NAE_eestikeelseid_kaarte, lk 4
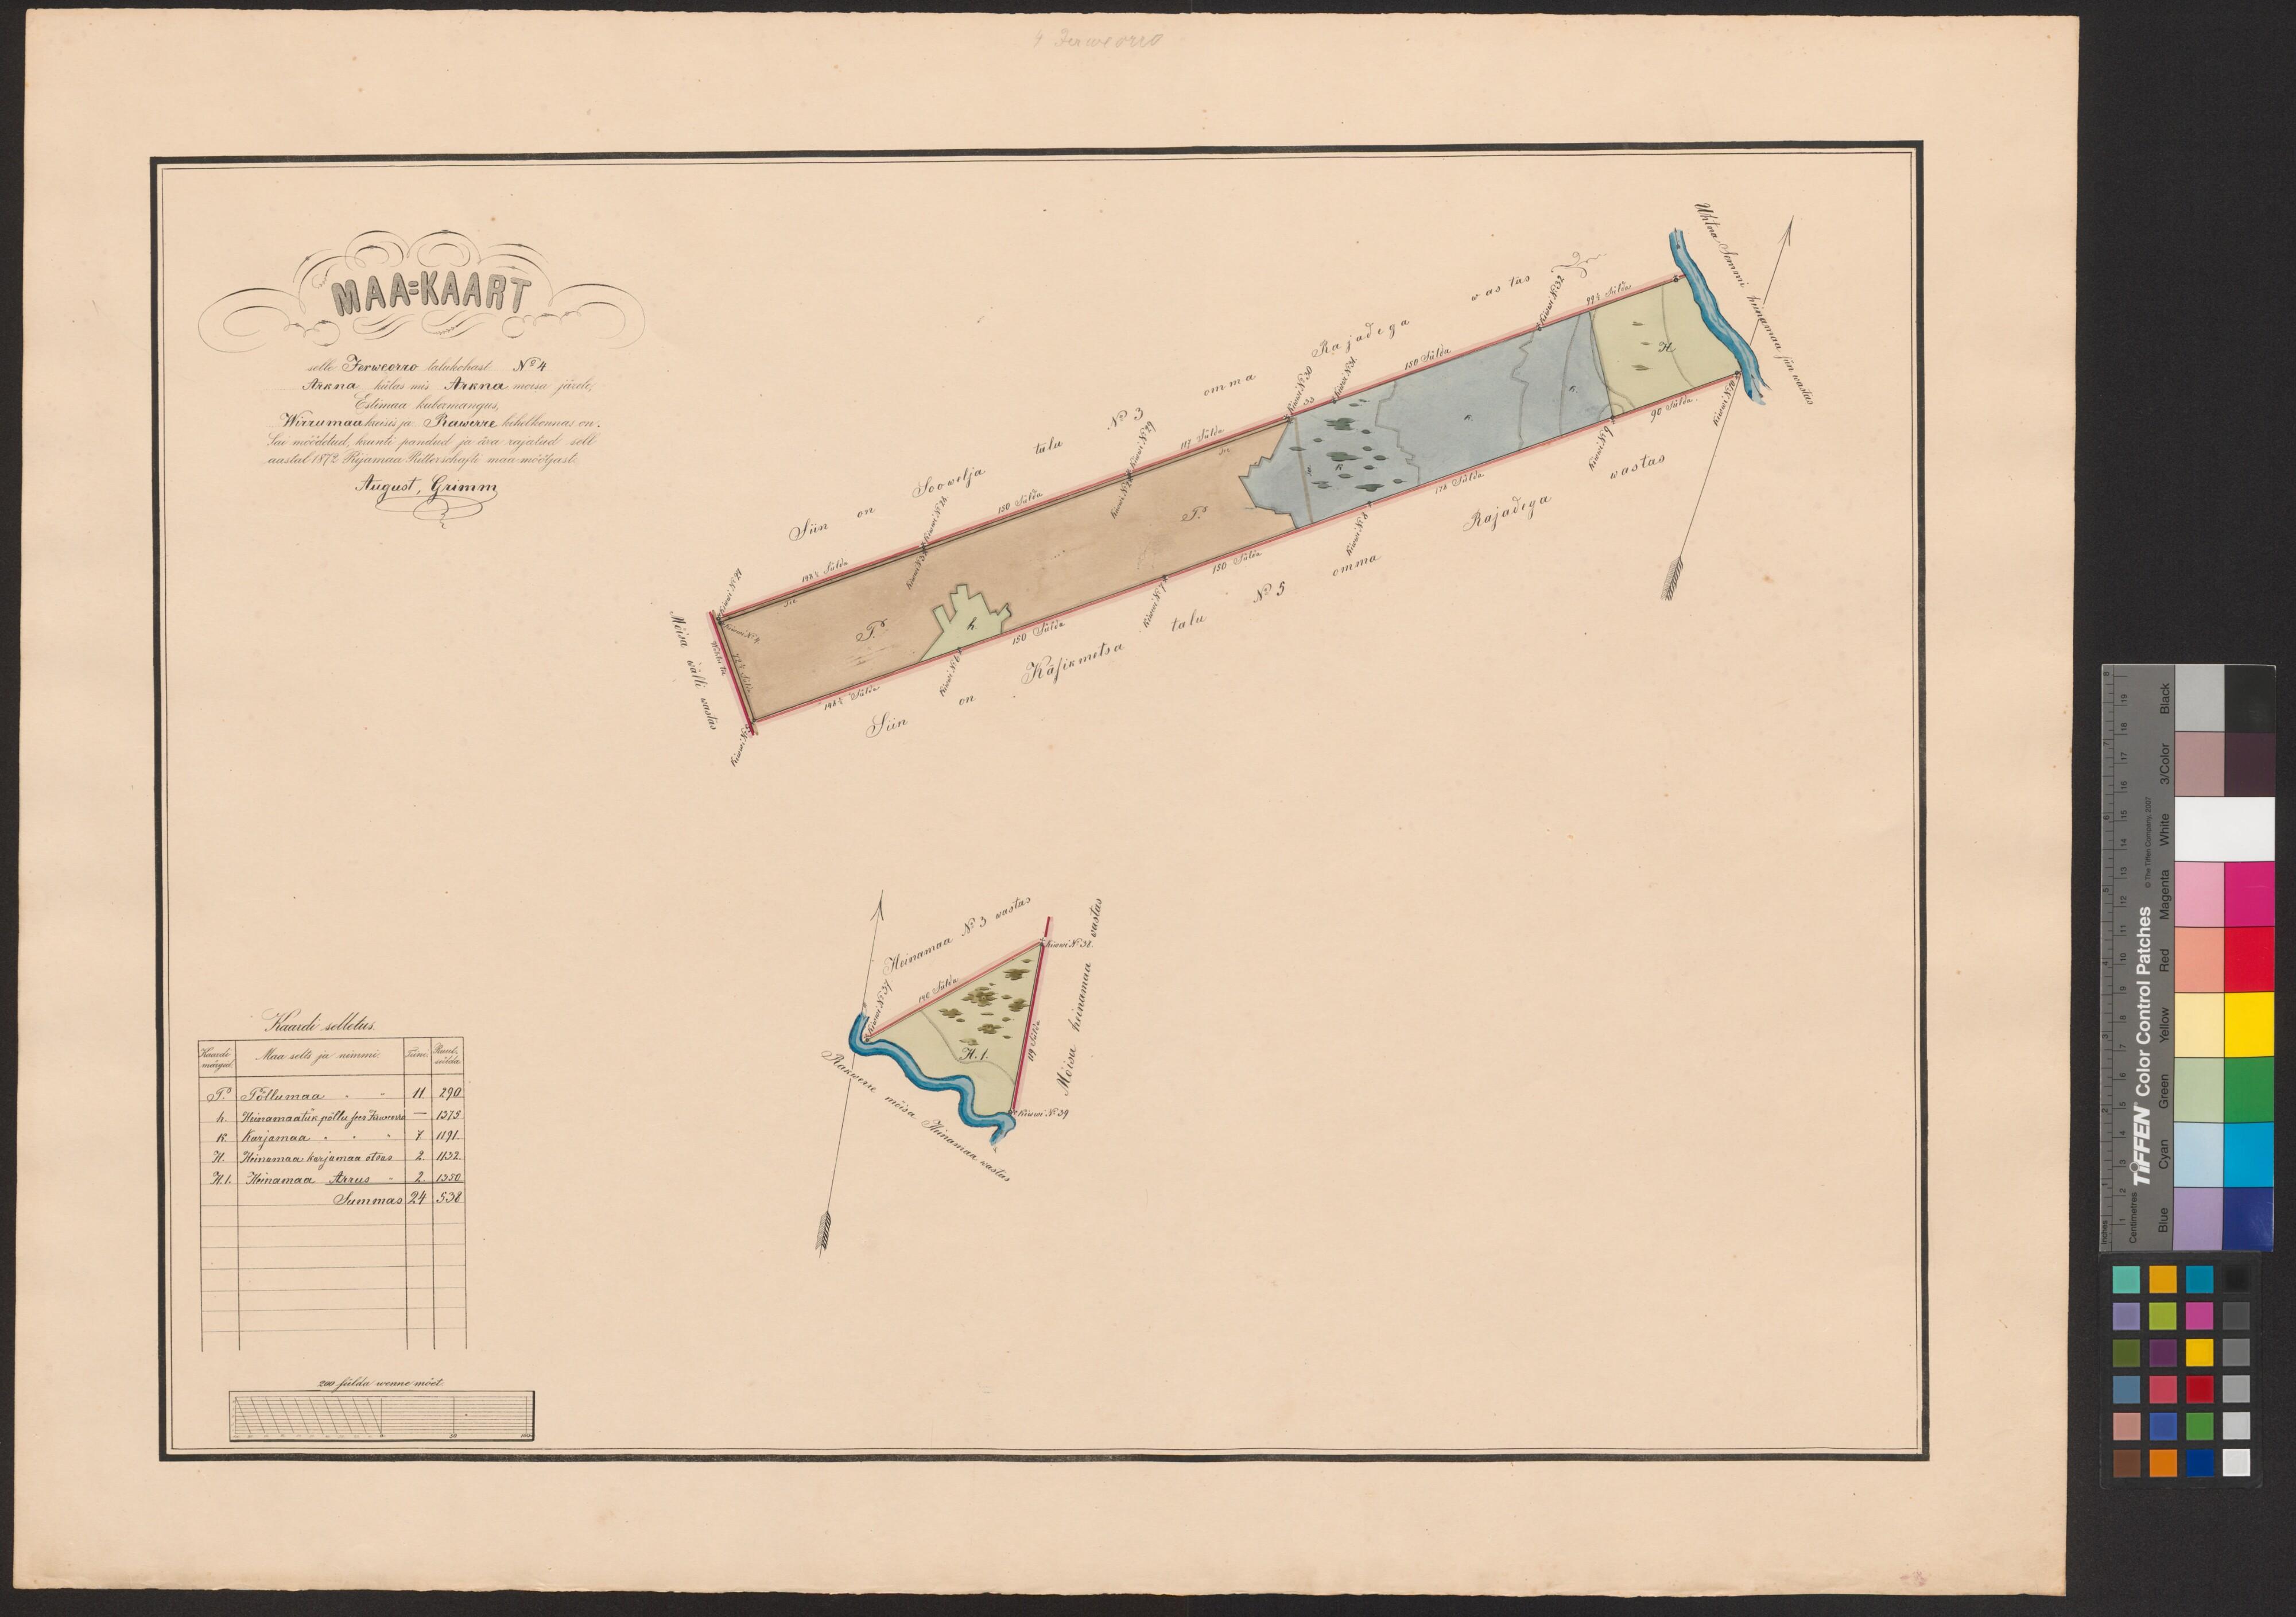
MAA=KAART
selle Jerweorro talukohast No 4
Arkna külas mis Arkna mõisa järele,
Estimaa kubermangus,
Wirrumaa kreisis ja Rakwerre kihelkonnas on..
Sai möödetud, krunti pandud ja ära rajatud sell
aastal 1872 Rijamaa Ritterschafti maa möötjast
August, Grimm.
Kaardi selletus
Maa selts ja nimmi.
Põllumaa
Heinamaatük põllu sees Jerweorro
Karjamaa
Heinamaa karjamaa otsas
Heinamaa Arrus
200 sülda wenne mõet